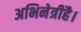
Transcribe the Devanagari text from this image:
अभिनेत्रीहै।